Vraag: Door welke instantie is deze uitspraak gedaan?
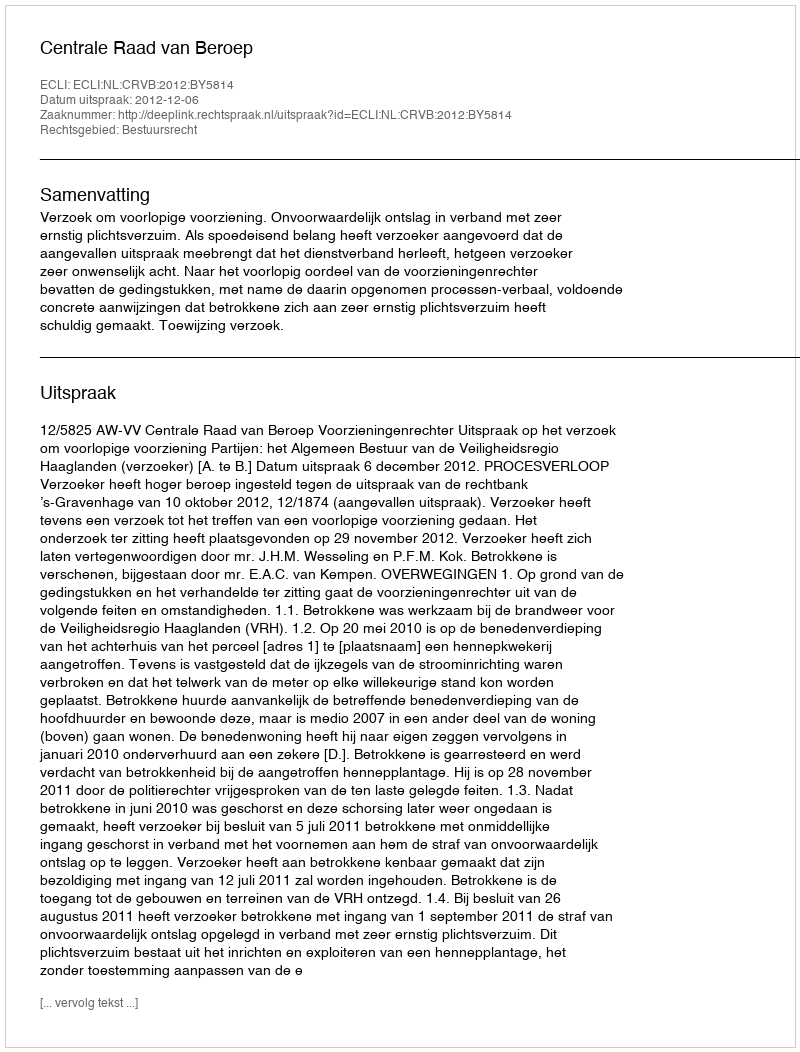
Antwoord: Centrale Raad van Beroep